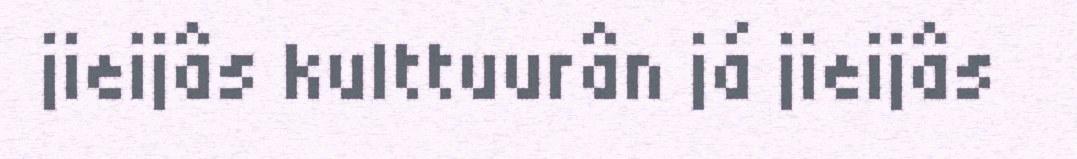
jieijâs kulttuurân já jieijâs